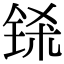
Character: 铩